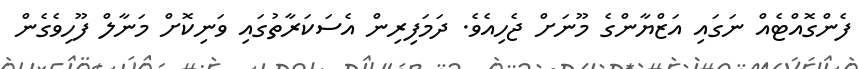
ފެންގޮއްޓެއް ނަގައި އަޒްޔާންގެ މޫނަށް ޖެހިއެވެ. ދަމަފިރިން އެސަކަރާތުގައި ވަނިކޮށް މަނާލް ފޫހިވެގެން